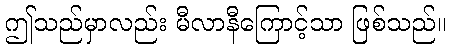
ဤသည်မှာလည်း မီလာနီကြောင့်သာ ဖြစ်သည်။